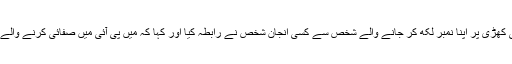
جس میں جب جہاز کی کھڑی پر اپنا نمبر لکھ کر جانے والے شخص سے کسی انجان شخص نے رابطہ کیا اور کہا کہ میں پی آئی میں صفائی کرنے والے عملے کا انچارج ہوں۔